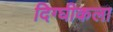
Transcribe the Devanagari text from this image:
दिग्घीकला